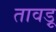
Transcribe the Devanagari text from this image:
तावड़ू